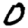
Digit: 0